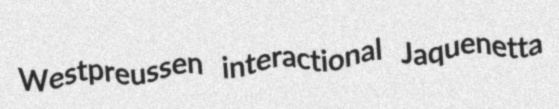
Westpreussen interactional Jaquenetta